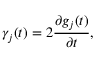
{ \gamma } _ { j } ( t ) = 2 \frac { \partial g _ { j } ( t ) } { \partial t } ,